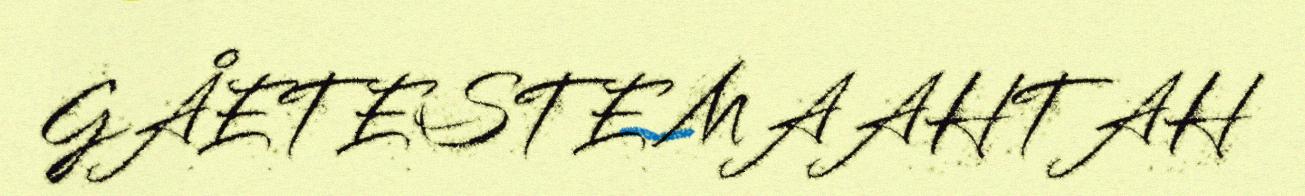
GÅETESTE MAAHTAH